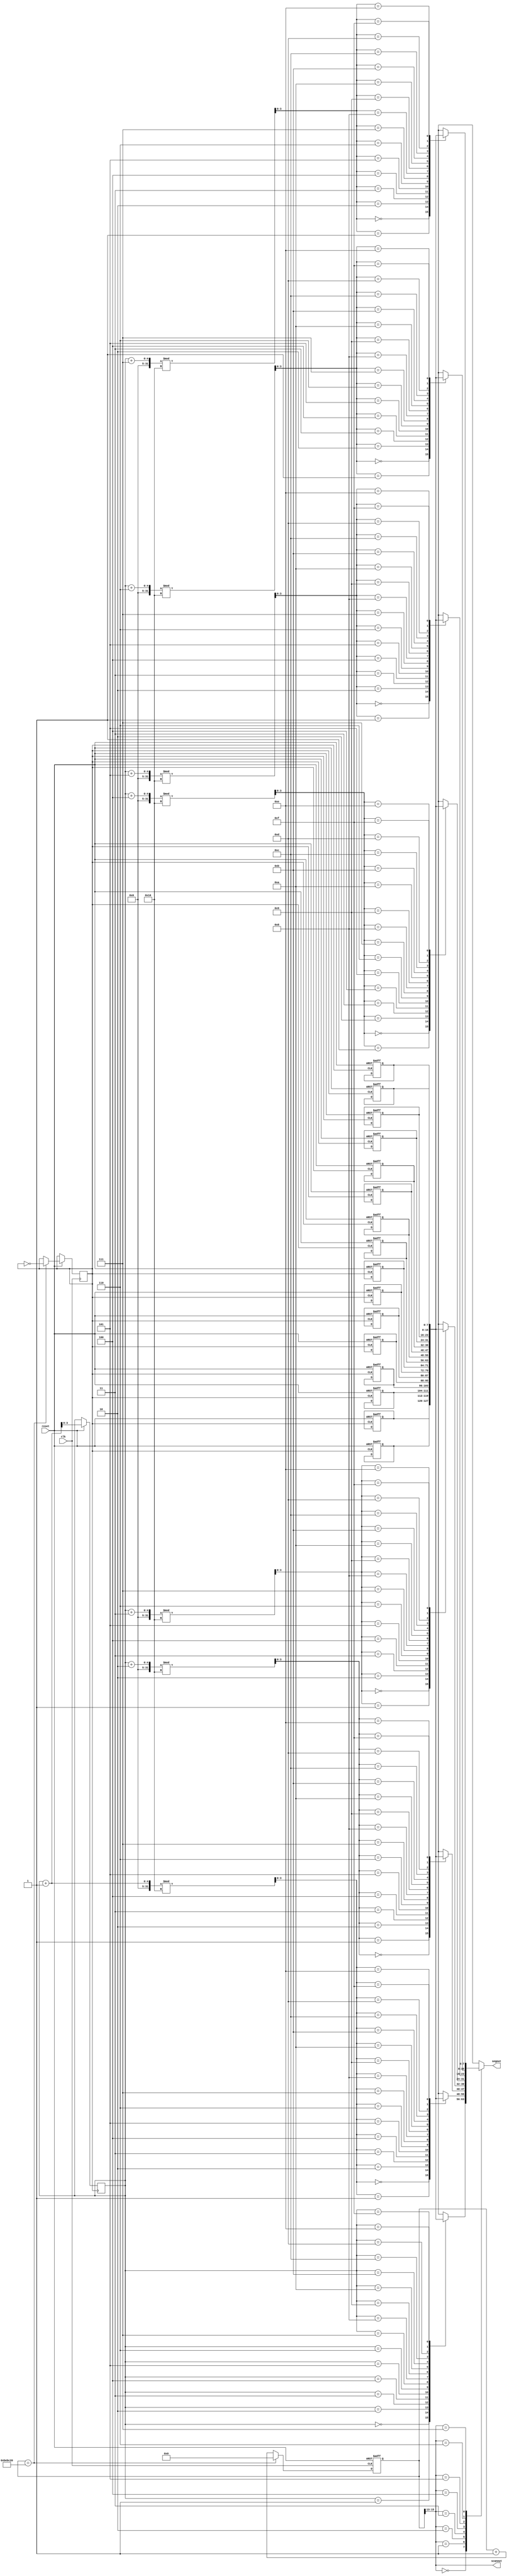
module matrix8x8Rotate_Vertical (clk,reset,segout,scanout);

input clk,reset;
output reg[7:0] segout;
output reg[2:0] scanout;

reg[25:0] cnt_scan;//
reg[3:0] i=0;

reg clk1;
reg [7:0] q[0:15] ;

	//------------------ clock running -----------------------
	always@(posedge clk or negedge reset) begin
		if(!reset) begin
			cnt_scan<=0;
		end
		else begin
			cnt_scan<=cnt_scan+1;
			if (cnt_scan == 12500000) begin
				cnt_scan <=0;
				clk1 = ~clk1;
			end
		end
	end

	//---------modify display digit ----------
	always @(posedge clk1 , negedge reset) begin
		if (reset == 0) begin
			q[0] = 8'b11111111;
			q[1] = 8'b10000001;
			q[2] = 8'b11101111;
			q[3] = 8'b10000001;
			q[4] = 8'b11101101;
			q[5] = 8'b11011101;
			q[6] = 8'b11011101;
			q[7] = 8'b00000000;
					
			q[8] = 8'b11111111;
			q[9] = 8'b11101111;
			q[10] = 8'b11101111;
			q[11] = 8'b00000000;
			q[12] = 8'b11011011;
			q[13] = 8'b10111101;
			q[14] = 8'b01111110;
			q[15] = 8'b01111110;
		end
		else begin
			i = i + 1;
		end
	end
	//-----------scan and display 7-SEG-------------

	always@(cnt_scan[15:13]) begin
		scanout <= cnt_scan[15:13];
	end

	always@(scanout) begin
		case(scanout)
			0: segout=q[(i)];
			1: segout=q[(i+1) % 16];
			2: segout=q[(i+2) % 16];
			3: segout=q[(i+3) % 16];
			4: segout=q[(i+4) % 16];
			5: segout=q[(i+5) % 16];
			6: segout=q[(i+6) % 16];
			7: segout=q[(i+7) % 16];
			default:
				segout=8'b11111111;
		endcase
	end

endmodule